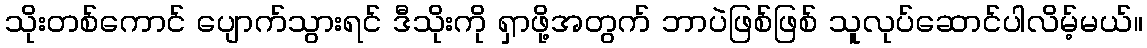
သိုးတစ်ကောင် ပျောက်သွားရင် ဒီသိုးကို ရှာဖို့အတွက် ဘာပဲဖြစ်ဖြစ် သူလုပ်ဆောင်ပါလိမ့်မယ်။